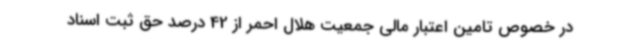
در خصوص تامین اعتبار مالی جمعیت هلال احمر از 42 درصد حق ثبت اسناد